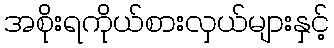
အစိုးရကိုယ်စားလှယ်များနှင့်